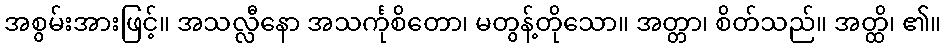
အစွမ်းအားဖြင့်။ အသလ္လီနော အသင်္ကုစိတော၊ မတွန့်တိုသော။ အတ္တာ၊ စိတ်သည်။ အတ္ထိ၊ ၏။